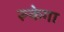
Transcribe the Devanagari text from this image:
रूकेगा